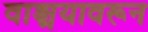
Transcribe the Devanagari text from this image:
वाङ्मयावरून